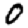
Digit: 0